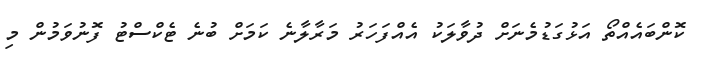
ކޮންބައެއްތޯ އަޅުގަޑުމެނަށް ދުވާލަކު އެއްފަހަރު މަރާލާނެ ކަމަށް ބުނެ ޓެކްސްޓު ފޮނުވަމުން މި